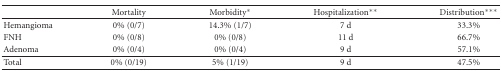
<table><thead><tr><td></td><td><b>Mortality</b></td><td><b>Morbidity<sup>∗</sup></b></td><td><b>Hospitalization<sup>∗∗</sup></b></td><td><b>Distribution<sup>∗∗∗</sup></b></td></tr></thead><tbody><tr><td>Hemangioma</td><td>0% (0/7)</td><td>14.3% (1/7)</td><td>7 d</td><td>33.3%</td></tr><tr><td>FNH</td><td>0% (0/8)</td><td>0% (0/8)</td><td>11 d</td><td>66.7%</td></tr><tr><td>Adenoma</td><td>0% (0/4)</td><td>0% (0/4)</td><td>9 d</td><td>57.1%</td></tr><tr><td>Total</td><td>0% (0/19)</td><td>5% (1/19)</td><td>9 d</td><td>47.5%</td></tr></tbody></table>